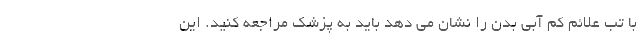
با تب علائم کم آبی بدن را نشان می دهد باید به پزشک مراجعه کنید. این